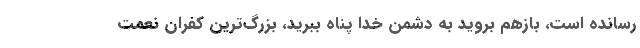
رسانده است، بازهم بروید به دشمن خدا پناه ببرید، بزرگ‌ترین کفران نعمت